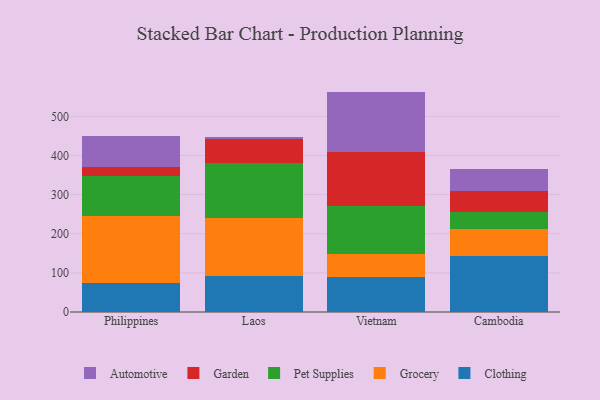
{"axis": {"x": "Country", "y": "Active Users"}, "legend": ["Automotive", "Clothing", "Garden", "Grocery", "Pet Supplies"], "data": [{"x": "Philippines", "y": 73.2, "type": "Clothing"}, {"x": "Philippines", "y": 172.5, "type": "Grocery"}, {"x": "Philippines", "y": 101.5, "type": "Pet Supplies"}, {"x": "Philippines", "y": 23.0, "type": "Garden"}, {"x": "Philippines", "y": 79.7, "type": "Automotive"}, {"x": "Laos", "y": 92.6, "type": "Clothing"}, {"x": "Laos", "y": 147.3, "type": "Grocery"}, {"x": "Laos", "y": 142.0, "type": "Pet Supplies"}, {"x": "Laos", "y": 59.2, "type": "Garden"}, {"x": "Laos", "y": 5.8, "type": "Automotive"}, {"x": "Vietnam", "y": 89.4, "type": "Clothing"}, {"x": "Vietnam", "y": 60.0, "type": "Grocery"}, {"x": "Vietnam", "y": 121.7, "type": "Pet Supplies"}, {"x": "Vietnam", "y": 138.3, "type": "Garden"}, {"x": "Vietnam", "y": 153.8, "type": "Automotive"}, {"x": "Cambodia", "y": 142.9, "type": "Clothing"}, {"x": "Cambodia", "y": 68.0, "type": "Grocery"}, {"x": "Cambodia", "y": 45.2, "type": "Pet Supplies"}, {"x": "Cambodia", "y": 54.0, "type": "Garden"}, {"x": "Cambodia", "y": 56.1, "type": "Automotive"}]}